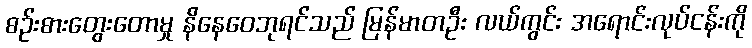
စဉ်းစားတွေးတောမှု နိနေဝေဘုရင်သည် မြန်မာတဦး လယ်ကွင်း အရောင်းလုပ်ငန်းကို